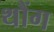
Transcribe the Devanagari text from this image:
थौंग